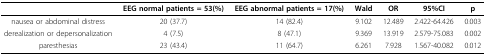
|  | EEG normal patients = 53(%) | EEG abnormal patients = 17(%) | Wald | OR | 95%CI | p |
 | --- | --- | --- | --- | --- | --- | --- |
 | nausea or abdominal distress | 20 (37.7) | 14 (82.4) | 9.102 | 12.489 | 2.422-64.426 | 0.003 |
 | derealization or depersonalization | 4 (7.5) | 8 (47.1) | 9.369 | 13.919 | 2.579-75.083 | 0.002 |
 | paresthesias | 23 (43.4) | 11 (64.7) | 6.261 | 7.928 | 1.567-40.082 | 0.012 |